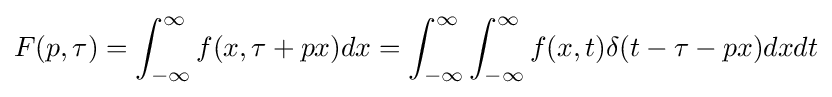
F(p,\tau )=\int _{-\infty }^{\infty }f(x,\tau +px)dx=\int _{-\infty }^{\infty }\int _{-\infty }^{\infty }f(x,t)\delta (t-\tau -px)dxdt